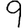
Digit: 9